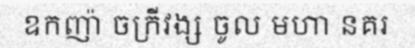
ឧកញ៉ា ចក្រីវង្ស ចូល មហា នគរ